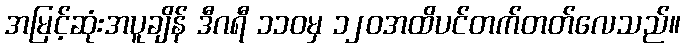
အမြင့်ဆုံးအပူချိန် ဒီဂရီ ၁၁၀မှ ၁၂၀အထိပင်တက်တတ်လေသည်။